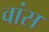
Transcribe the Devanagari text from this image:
वांस